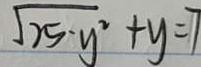
\sqrt { 2 5 - y ^ { 2 } } + y = 7